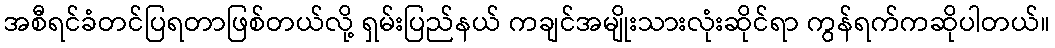
အစီရင်ခံတင်ပြရတာဖြစ်တယ်လို့ ရှမ်းပြည်နယ် ကချင်အမျိုးသားလုံးဆိုင်ရာ ကွန်ရက်ကဆိုပါတယ်။